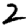
Digit: 2